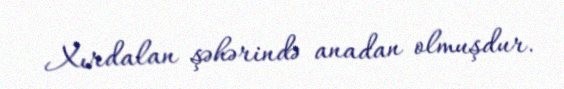
Xırdalan şəhərində anadan olmuşdur.